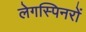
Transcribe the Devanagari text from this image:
लेगस्पिनरों